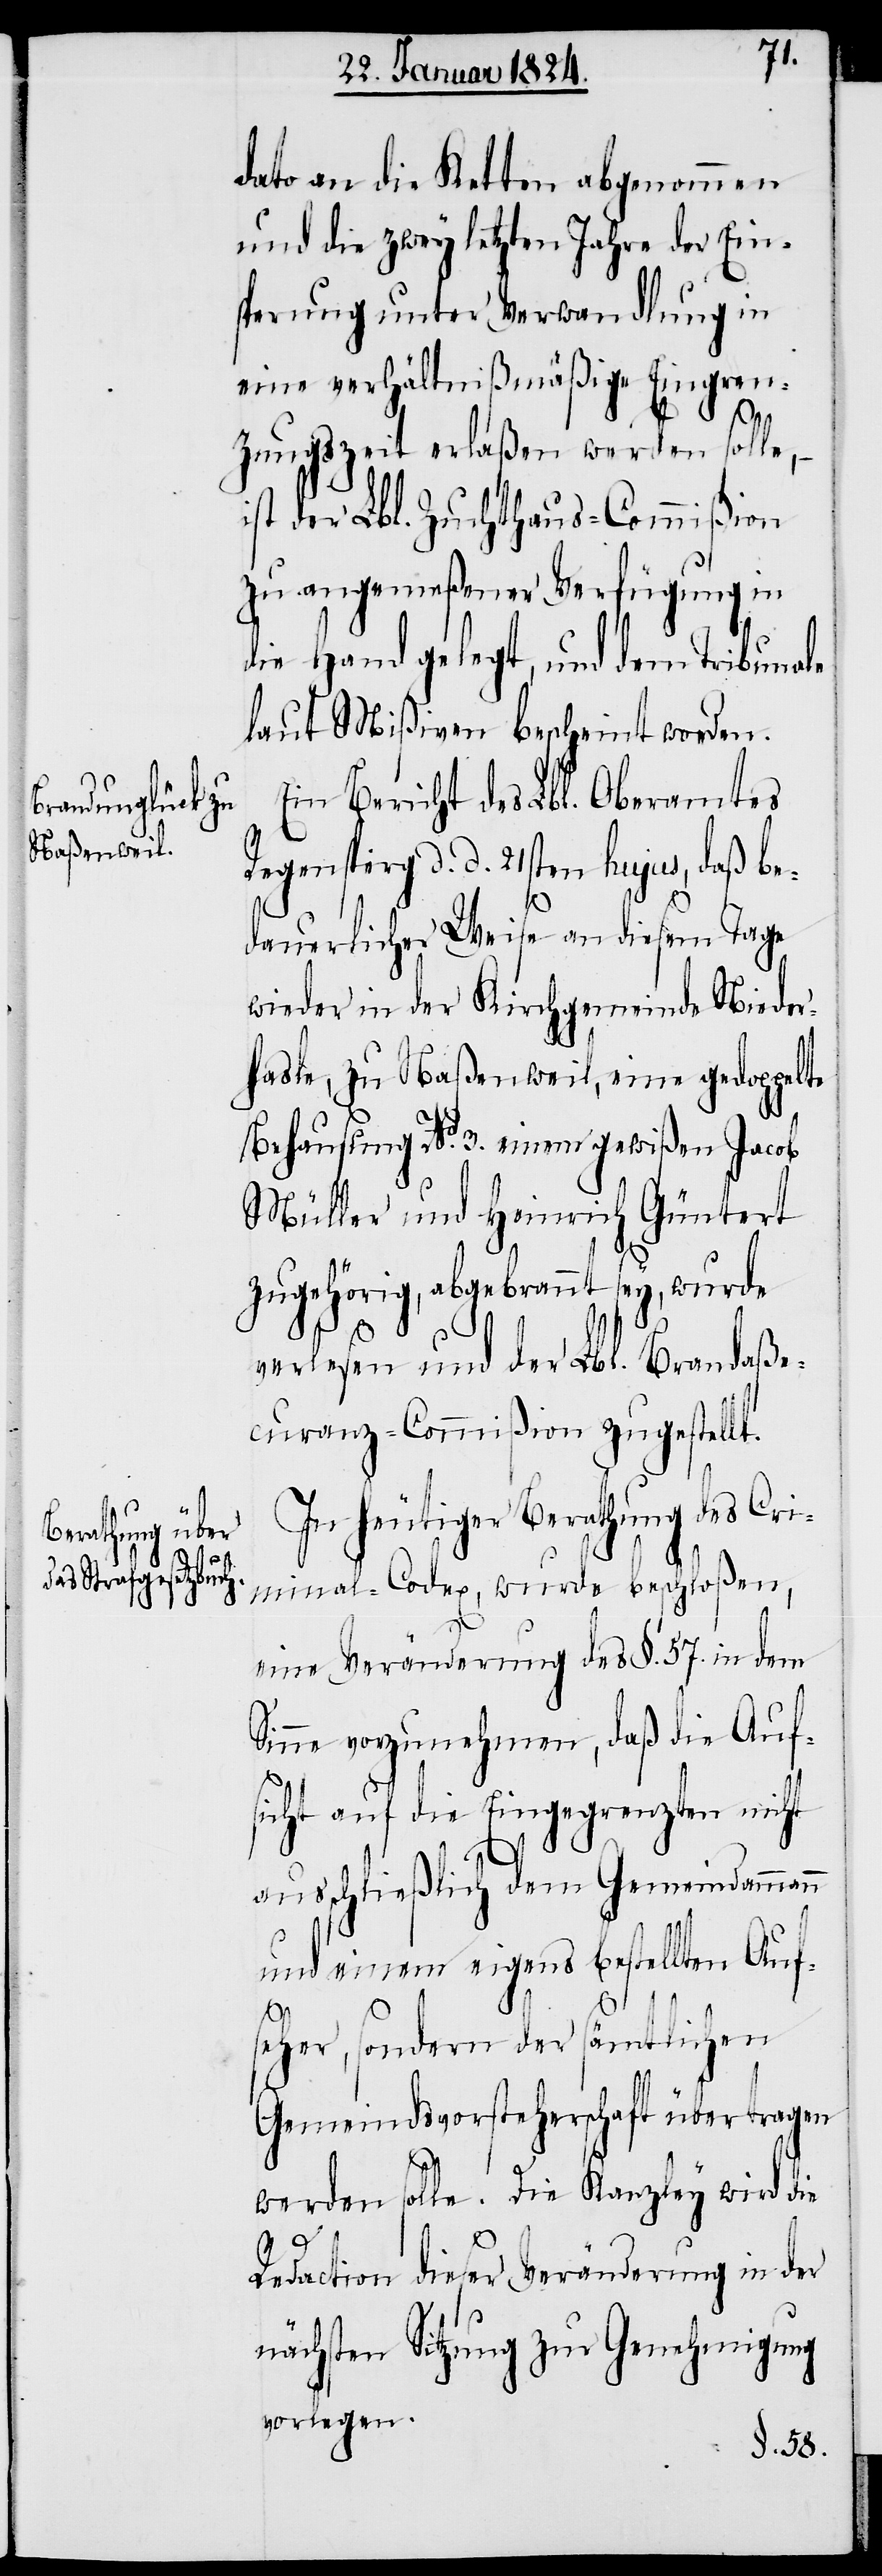
dato an die Ketten abgenommen
und die zwey letzten Jahre der Ein¬
sperung unter Verwandlung in
eine verhältnißmäßige Eingren¬
zungszeit erlaßen werden solle,
ist der Lbl. Zuchthaus-Commißion
zu angemeßener Verfügung in
die Hand gelegt, und dem Tribunale
laut Mißiven bescheint worden.
Ein Bericht des Lbl. Oberamtes
Regensperg d. d. 21sten hujus, daß be¬
dauerlicher Weise an diesem Tage
wieder in der Kirchgemeinde Nieder¬
hasle, zu Naßenweil, eine gedoppelte
Behausung No. 3. einem gewißen Jacob
Müller und Heinrich Güntert
zugehörig, abgebrannt sey, wurde
verlesen und der Lbl. Brandaße¬
curanz-Commißion zugestellt.
In heutiger Berathung des Cri¬
minal-Codex, wurde beschloßen,
eine Veränderung des §. 57. in dem
Sinne vorzunehmen, daß die Auf¬
sicht auf die Eingegrenzten nicht
ausschließlich dem Gemeindammann
und einem eigens bestellten Auf¬
seher, sondern der sämtlichen
Gemeindsvorsteherschaft übertragen
werden solle. Die Kanzley wird die
Redaktion dieser Veränderung in der
nächsten Sitzung zur Genehmigung
vorlegen